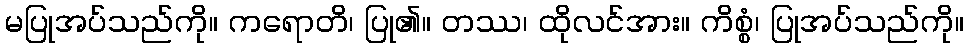
မပြုအပ်သည်ကို။ ကရောတိ၊ ပြု၏။ တဿ၊ ထိုလင်အား။ ကိစ္စံ၊ ပြုအပ်သည်ကို။